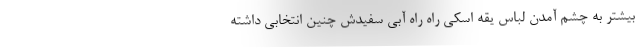
بیشتر به چشم آمدن لباس یقه اسکی راه راه آبی سفیدش چنین انتخابی داشته